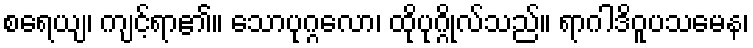
စရေယျ၊ ကျင့်ရာ၏။ သောပုဂ္ဂလော၊ ထိုပုဂ္ဂိုလ်သည်။ ရာဂါဒိဝူပသမေန၊